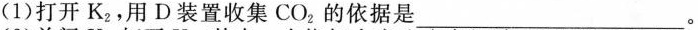
(1)打开K_{2}，用D装置收集CO_{2}的依据是___。